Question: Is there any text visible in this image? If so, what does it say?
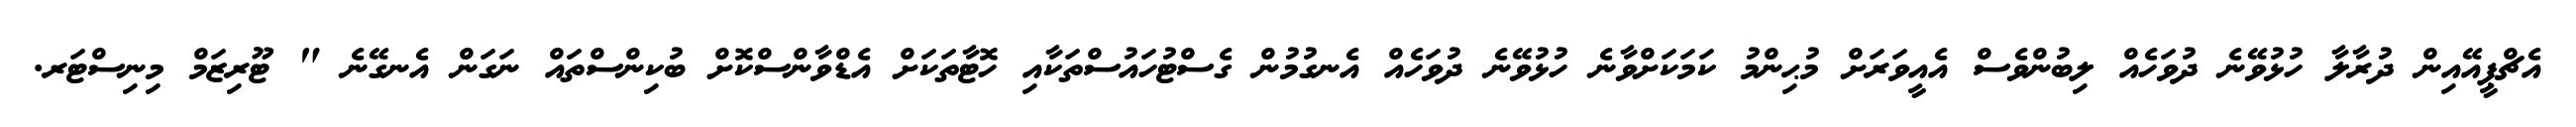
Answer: އެޗްޕީއޭއިން ދުރާލާ ހުޅުވޭނެ ދުވަހެއް ލިބުންވެސް އެއީވަރަށް މުޙިންމު ކަމަކަށްވާނެ ހުޅުވޭނެ ދުވަހެއް އެނގުމުން ގެސްޓުހައުސްތަކާއި ހޮޓާތަކަށް އެޑްވާންސްކޮށް ބުކިންސްތައް ނަގަން އެނގޭނެ " ޓޫރިޒަމް މިނިސްޓަރ.